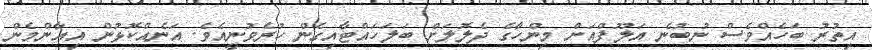
އިތުުރު ބަހެއްވެސް ނުބުނެ އަލޫފްއަށް މިންހާގެ ދެލޮލަށް ބަލަހައްޓާއިގެން ހުރެވުނީއެވެ. އަނެއްކޮޅުން އިއާންމެން